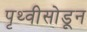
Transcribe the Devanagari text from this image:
पृथ्वीसोडून